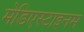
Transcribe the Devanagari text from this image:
मेडिएस्टाइनम